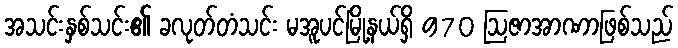
အသင်းနှစ်သင်း၏ ခလုတ်တံသင်း မအူပင်မြို့နယ်ရှိ 970 ဩဇာအာဏာဖြစ်သည်